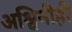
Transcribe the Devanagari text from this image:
अश्विनीही